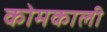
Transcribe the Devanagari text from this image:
कोमकाली